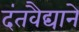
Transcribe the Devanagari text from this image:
दंतवैद्याने